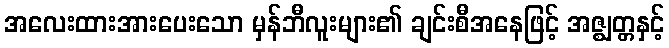
အလေးထားအားပေးသော မှန်ဘီလူးများ၏ ချင်းစီအနေဖြင့် အဇ္ဈတ္တနှင့်